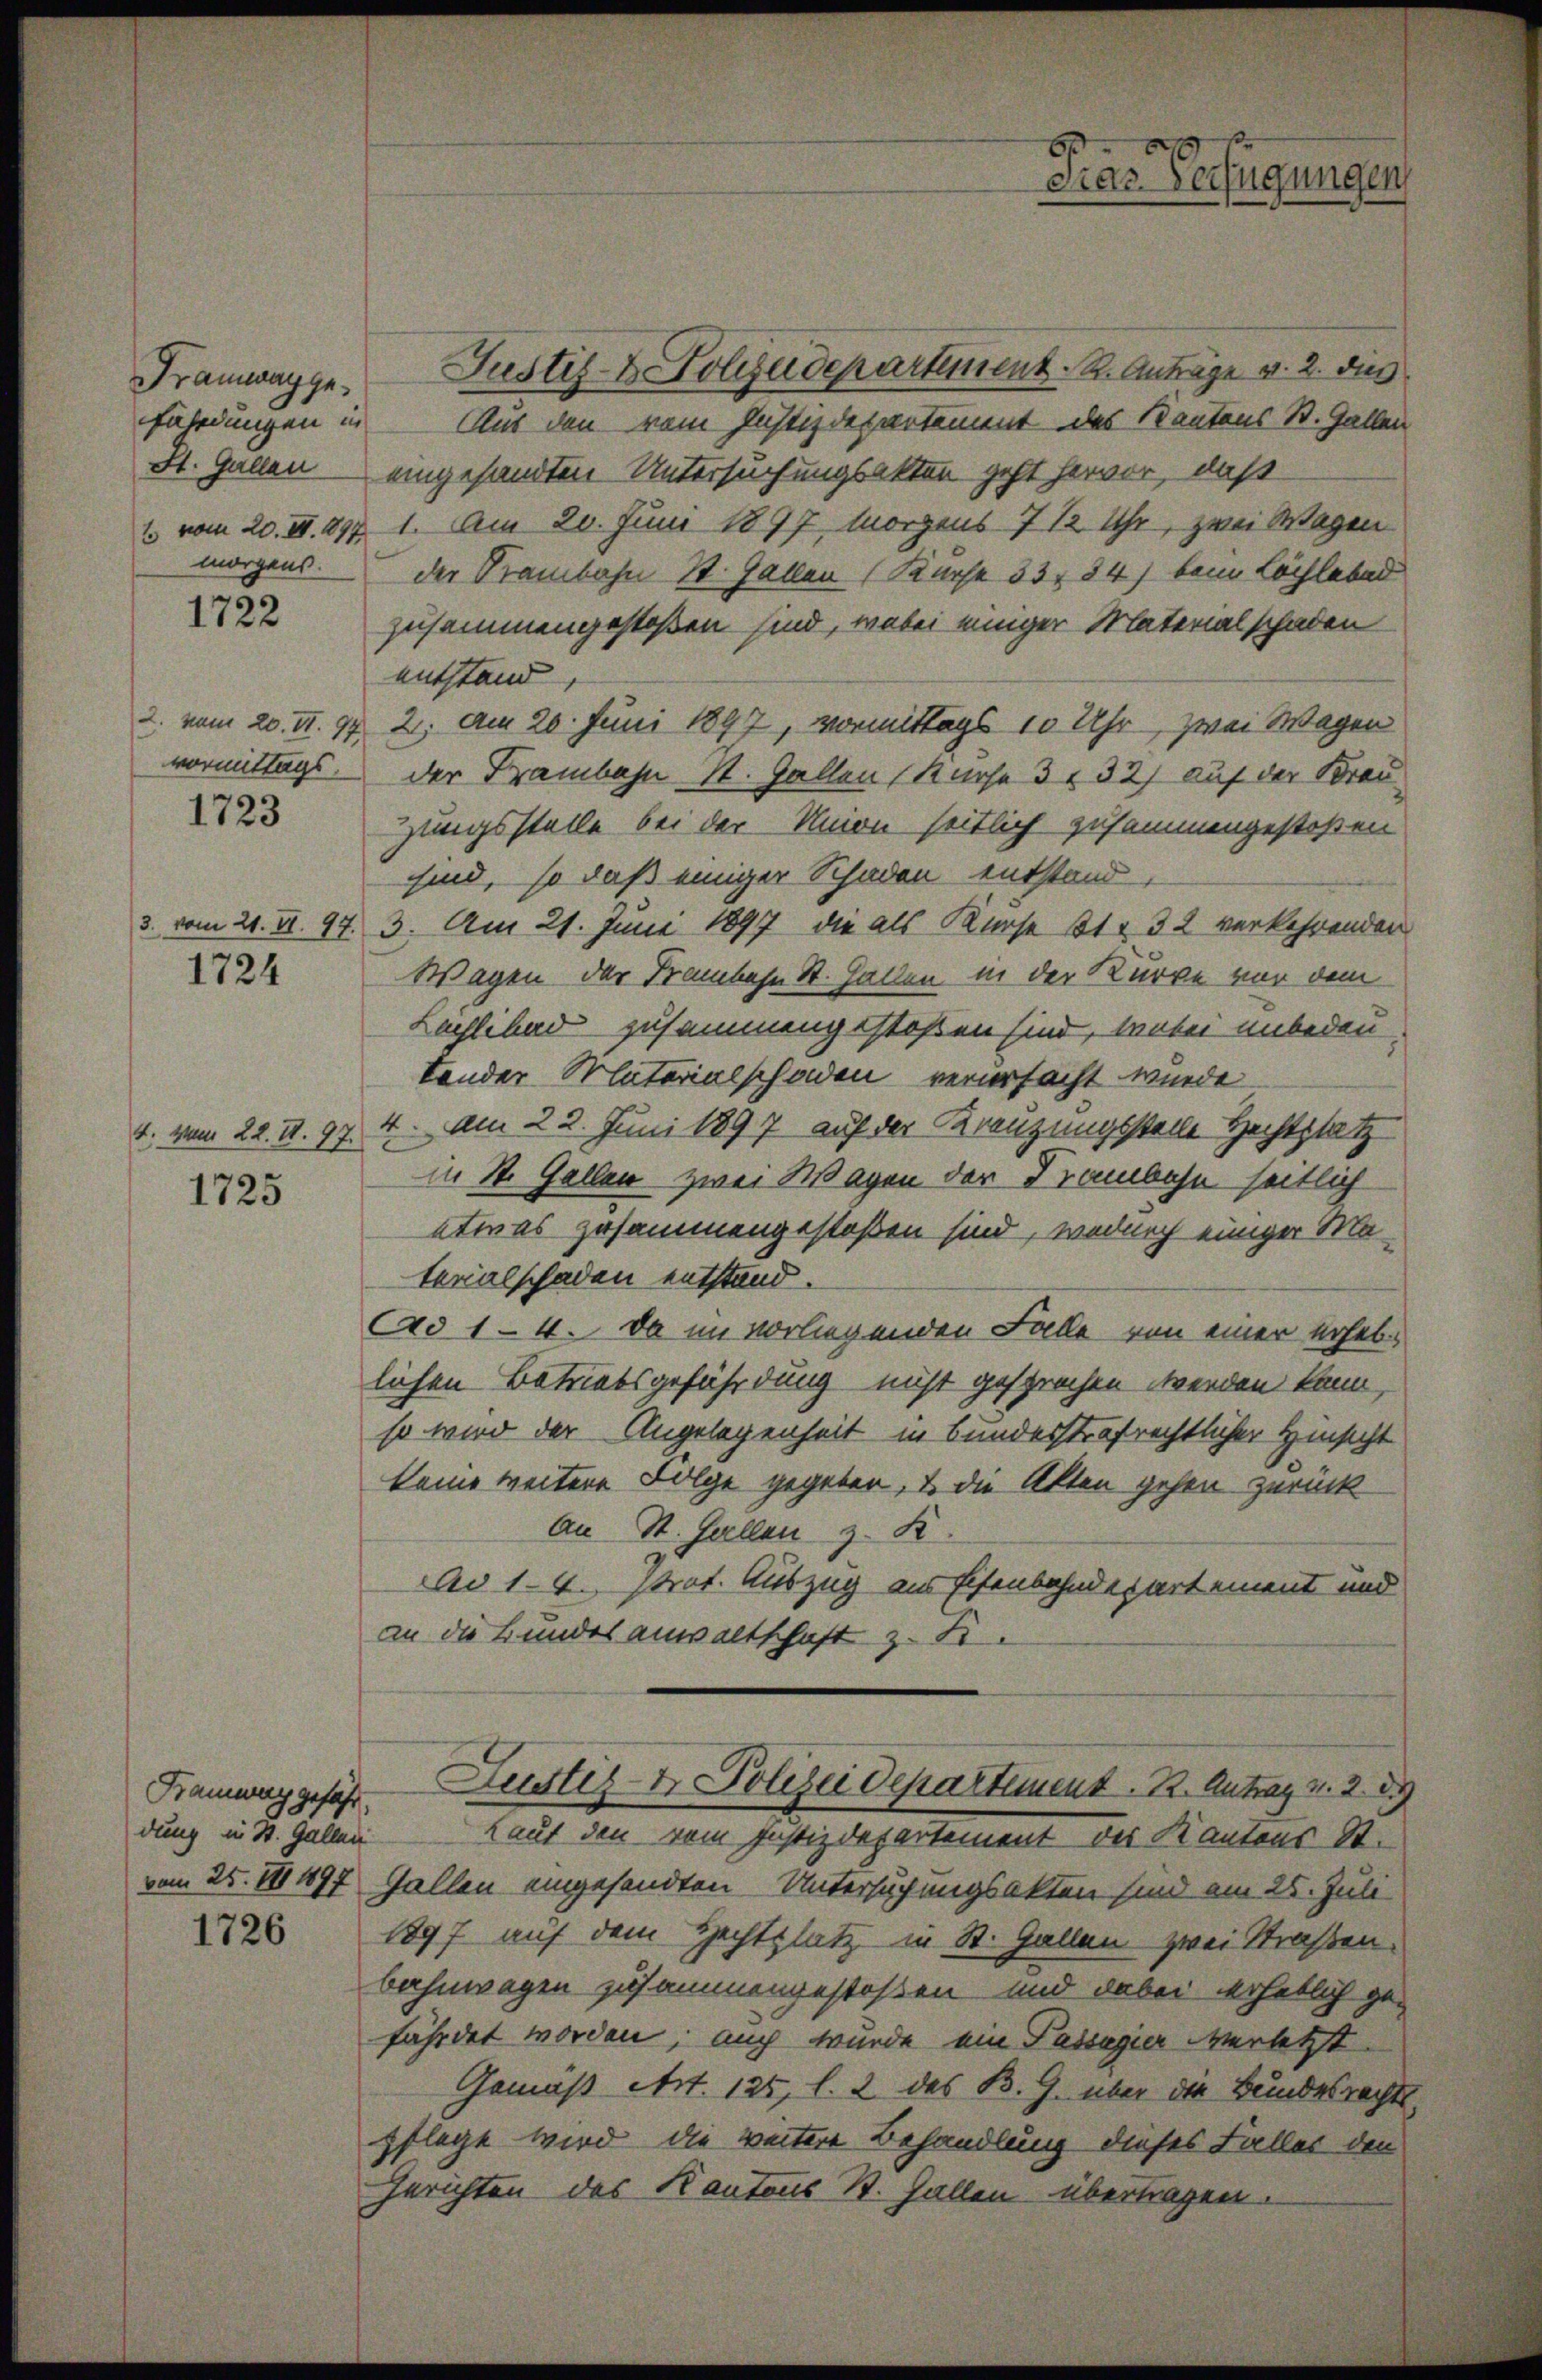
Framwaygefährdungen in
morgens.

1722

vormittags.
1723

1724

4. vom 22. IV. 97.
1725

Kramway gefähr.
dung in St. Gallen

1726

Justiz- & Polizeidepartement. R. Anträge v. 2. dies
Aus den vom Justizdepartement des Kantons St. Gallen
St. Gallen eingesandten Untersuchungsakten geht hervor, daß
1 vom 20. II. 297. 1. Am 20. Juni 1897 Morgens 7 12 Uhr, zwei Wagen
der Krambahn 1. Gallen (Kurse 33 34) beim Löchlebad
zusammengestoßen sind, wobei einiger Materialschaden
entstand,
2. vom 20. II. 92. 2. Am 20. Juni 1897, vormittags 10 Uhr zwei Wagen
der Frambahn St. Gallen Kurse 31 32) auf der Brau
zungsstelle bei der Union seitlich zusammengestehen
sind, so daß einiger Schaden entstand,
3. vom 21. d. 97. 3. Am 21. Juni 1897, die als Kurse 31. 32 verkehrenden
Wagen der Franken St. Gallen, in der Kurve vor dem
Lächlibad zusammengestoßen sind, wobei unbedeu-
tender Materialschaden verursacht wurde
4. Am 22. Juni 1897 auf der Kreuzungsstelle Hechtplatz
in St. Gallen zwei Wagen der Trambahn seitlich
etwas zusammengestoßen sind, wedurch einiger Ma
terialschaden entstand.
Ad 14. Da im vorliegenden Falle von einer erheblichen Betriebsgefährdung nicht gesprochen werden kann,
so wird der Angelegenheit in bundesstrafrechtlicher Hinsicht
keine weitere Folge gegeben, u. die Akten gehen zurück
An St. Gallen z. R.
Ao 1-4. Prot. Auszug aus Eisenbahndepartement und
an die Bundesanwaltschaft z. B.

vom 25. 111 1897 Fallen eingesandten Untersuchungsakten sind am 25. Juli
1897 auf dem Hechtplatz in St. Gallen zwei Straßen.
bahnwagen zusammengestoßen und dabei erheblich gefährdet worden; auch wurde ein Passagier verletzt
Gemäß Art. 125, l. 2 des B. G. über die Bundesrechtspflege wird die weitere Behandlung dieses Faller den
Gerichten des Kantons St. Gallen übertragen.

E
Dras Verfügungen

Justiz- & Polizei Departement. 12. Antrag v. 2. 39
Laut den vom Justizdepartement der Kantons St.